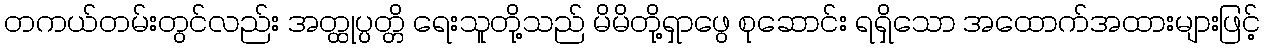
တကယ်တမ်းတွင်လည်း အတ္ထုပ္ပတ္တိ ရေးသူတို့သည် မိမိတို့ရှာဖွေ စုဆောင်း ရရှိသော အထောက်အထားများဖြင့်